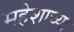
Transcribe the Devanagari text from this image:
महेशाच्या